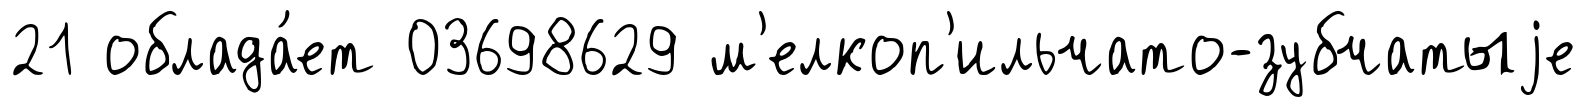
21 облада́ет 03698629 м'елкоп'ильчато-зубчатыjе